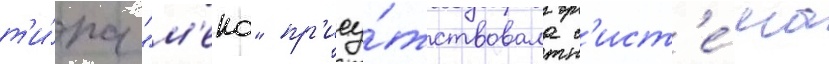
т'и́па "м'еко" пр'ису́тствовала с'ист'е́ма